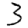
Digit: 3